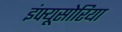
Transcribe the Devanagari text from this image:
इंफ्यूसोरिया